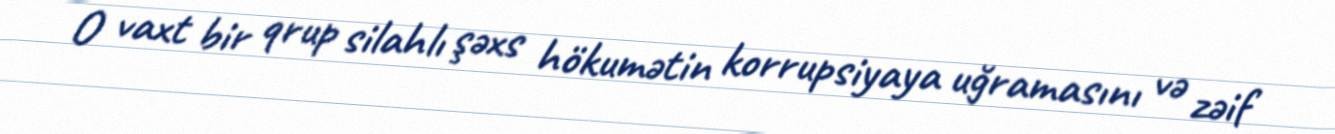
O vaxt bir qrup silahlı şəxs hökumətin korrupsiyaya uğramasını və zəif